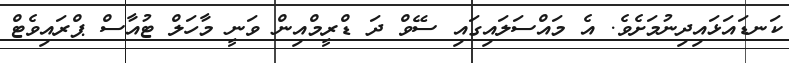
ކަނޑައަޅައިދިނުމަށެވެ. އެ މައްސަލައިގައި ސޭވް ދަ ޑްރީމްއިން ވަނީ މާހަލް ޓުއާސް ޕްރައިވެޓް